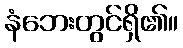
နံဘေးတွင်ရှိ၏။